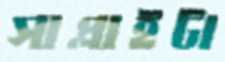
সাপ্লাইটা